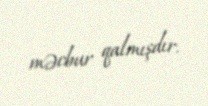
məcbur qalmışdır.